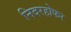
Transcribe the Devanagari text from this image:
निदरहोफर